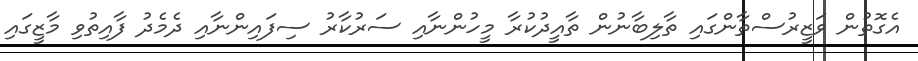
އެގޮތުން ވަޒީރުސްތާންގައި ތާލިބާނުން ތާއީދުކުރާ މީހުންނާއި ސަރުކާރު ސިފައިންނާއި ދެމެދު ފާއިތުވި މާޒީގައި